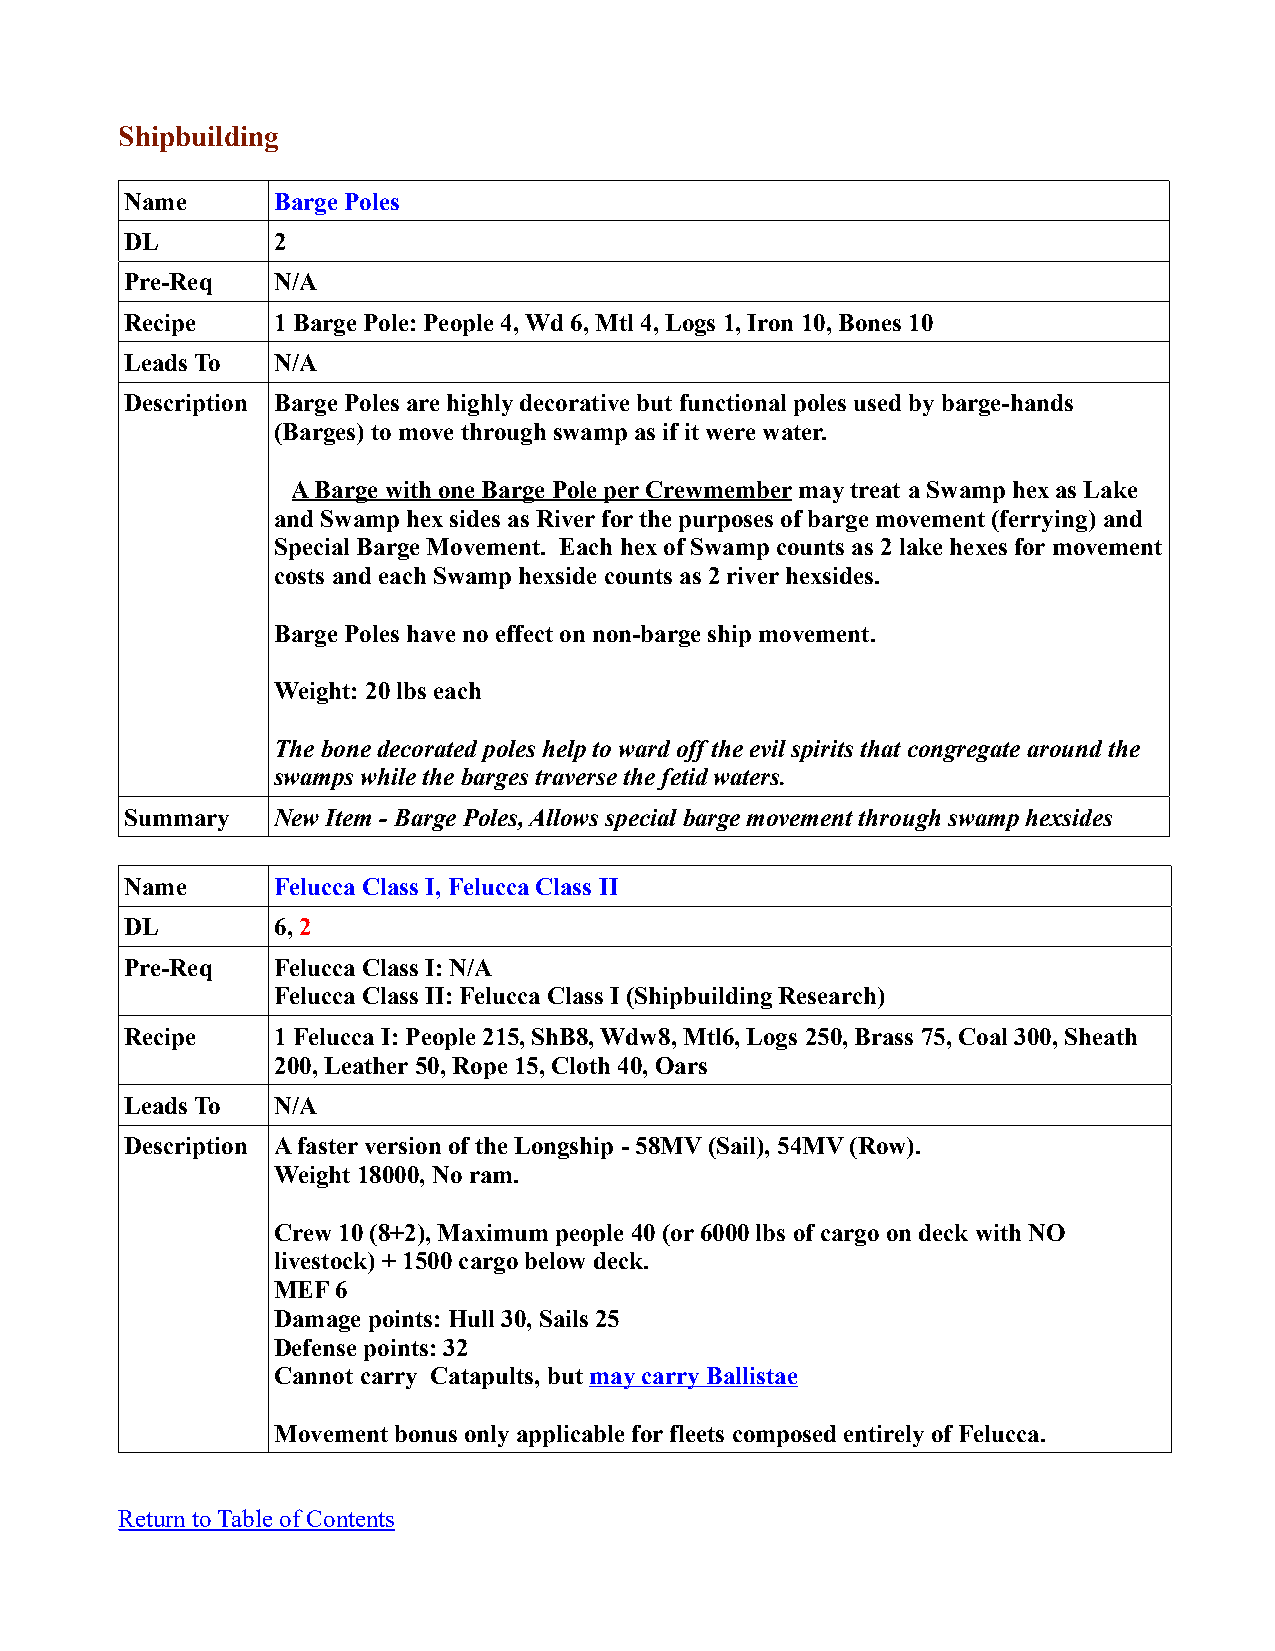
Shipbuilding
 Name      Barge Poles
 DL        2
 Pre-Req   N/A
 Recipe    1 Barge Pole: People 4, Wd 6, Mtl 4, Logs 1, Iron 10, Bones 10
 Leads To  N/A
 Description Barge Poles are highly decorative but functional poles used by barge-hands
 (Barges) to move through swamp as if it were water.
 A Barge with one Barge Pole per Crewmember may treat a Swamp hex as Lake
 and Swamp hex sides as River for the purposes of barge movement (ferrying) and
 Special Barge Movement. Each hex of Swamp counts as 2 lake hexes for movement
 costs and each Swamp hexside counts as 2 river hexsides.
 Barge Poles have no effect on non-barge ship movement.
 Weight: 20 lbs each
 The bone decorated poles help to ward off the evil spirits that congregate around the
 swamps while the barges traverse the fetid waters.
 Summary   New Item - Barge Poles, Allows special barge movement through swamp hexsides
 Name      Felucca Class I, Felucca Class II
 DL        6, 2
 Pre-Req   Felucca Class I: N/A
 Felucca Class II: Felucca Class I (Shipbuilding Research)
 Recipe    1 Felucca I: People 215, ShB8, Wdw8, Mtl6, Logs 250, Brass 75, Coal 300, Sheath
 200, Leather 50, Rope 15, Cloth 40, Oars
 Leads To  N/A
 Description A faster version of the Longship - 58MV (Sail), 54MV (Row).
 Weight 18000, No ram.
 Crew 10 (8+2), Maximum people 40 (or 6000 lbs of cargo on deck with NO
 livestock) + 1500 cargo below deck.
 MEF 6
 Damage points: Hull 30, Sails 25
 Defense points: 32
 Cannot carry Catapults, but may carry Ballistae
 Movement bonus only applicable for fleets composed entirely of Felucca.
 Return to Table of Contents